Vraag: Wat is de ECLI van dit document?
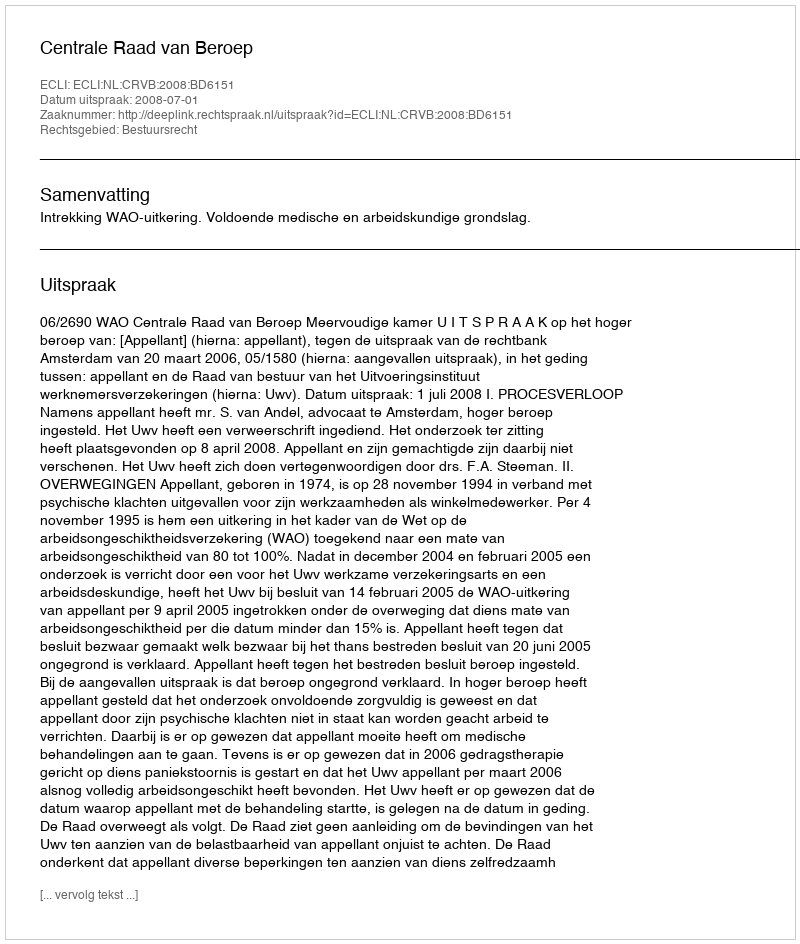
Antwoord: ECLI:NL:CRVB:2008:BD6151